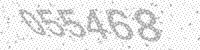
Solution: 055468